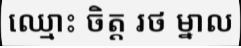
ឈ្មោះ ចិត្ត រថ ម្នាល